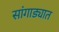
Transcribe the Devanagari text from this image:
सांगाड्यात